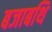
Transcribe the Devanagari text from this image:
बजाबथि